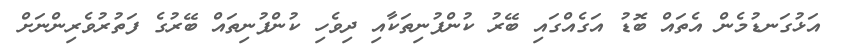
އަޅުގަނޑުމެން އެތައް ބޮޑު އަގެއްގައި ބޭރު ކުންފުނިތަކާއި ދިވެހި ކުންފުނިތައް ބޭރުގެ ފަތުރުވެރިންނަށް